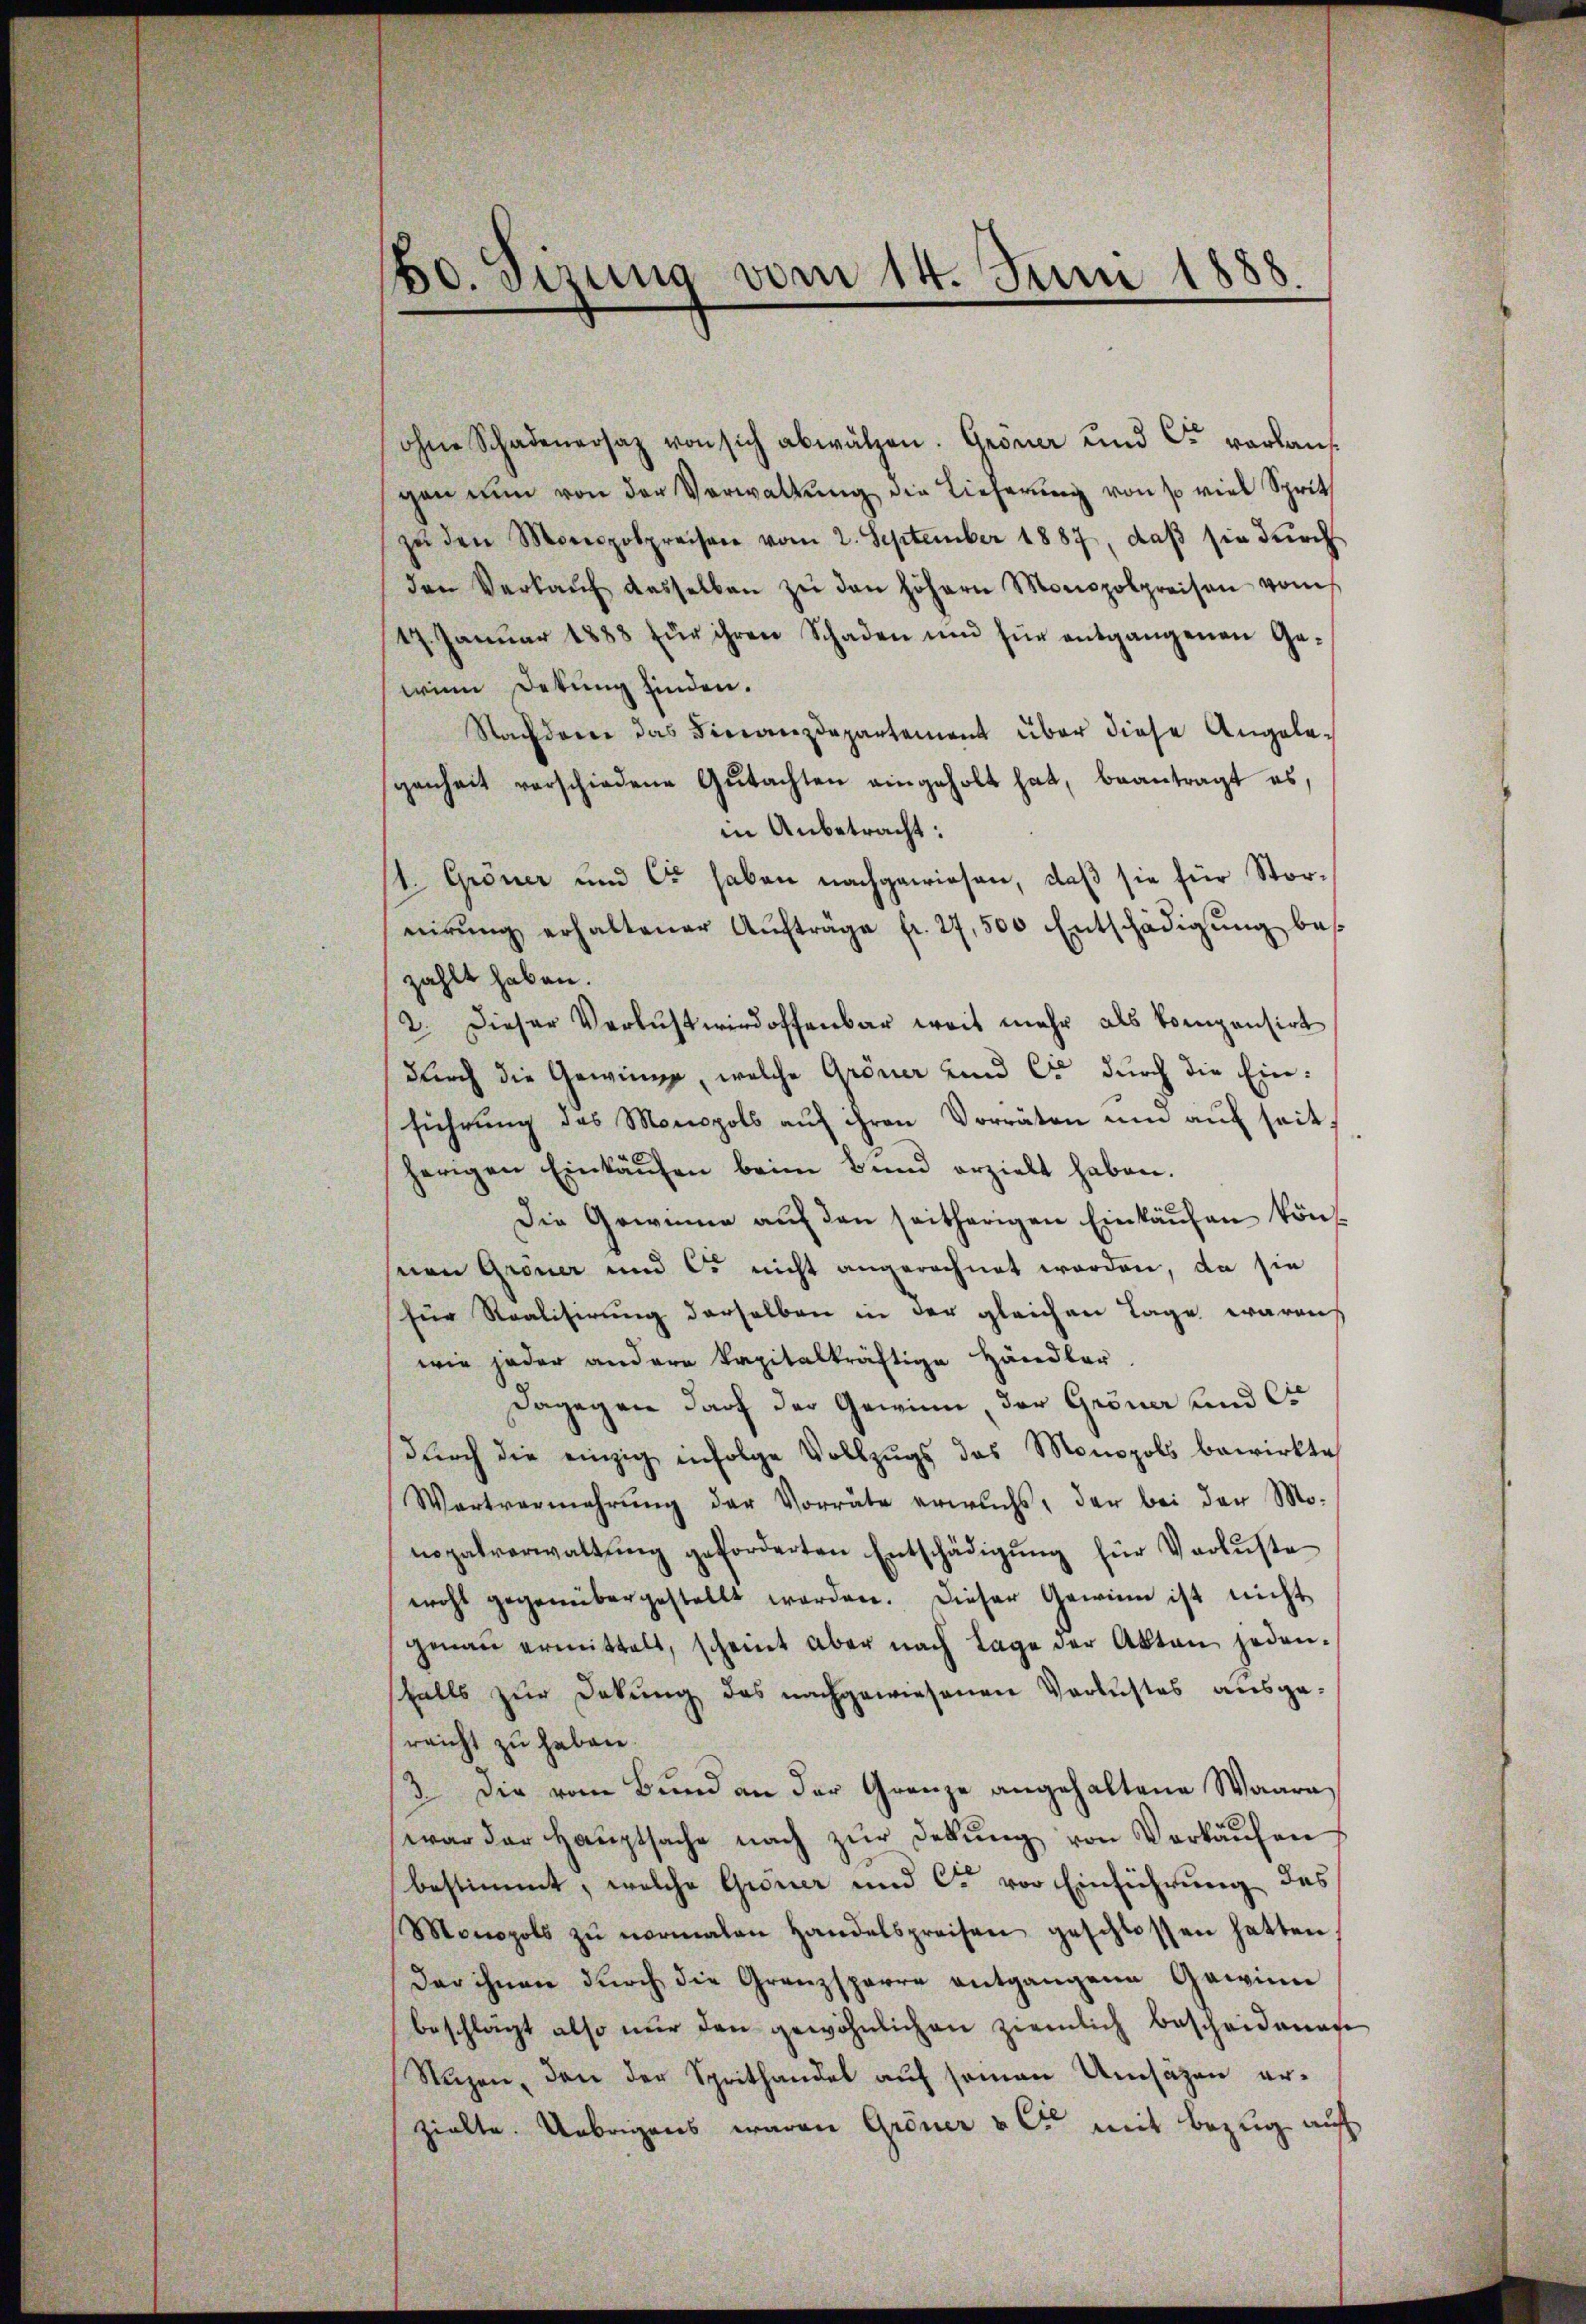
bo. Sirung vom 14. Juni 1888.

ohne Schadenersaz von sich abwälzen. Gröner und C. vorlangan nun von der Verwaltŭng die Lieferŭng von so viel Sprit
zŭ den Monopolpreisen vom 2. September 1887, daβ sie durch
den Verkaŭf dasselben zŭ den höhern Monopolpreisen vom
17. Januar 1883 für ihren Schaden und für entgangenen Gewinn Detung finden.
Nachdem das Finanzdepartement über diese Angele-
genheit verschiedene Gutachten eingeholt hat, beantragt es,
in Anbetracht:
t. Gröner und Co haben nachgewiesen, daß sie für Stornirŭng erhaltener Aŭfträge fr. 27,500 Entschädigŭng bes
zahlt haben.
2. Dieser Verlust wirdoffenbar weit mehr als kompensirt
durch die Gewinne, welche Gröner und C. durch die Einführŭng des Monopols aŭf ihren Vorräten ŭm aŭf seitherigen Einkäufen beim Bund erzielt haben.
Die Gewinne aŭf den seitherigen Einkaŭfen kön
nen Gröner und es nicht angerechnet worden, da sie
für Realisirung derselben in der gleichen Tage waren
wie jeder andere kapitalkräftige Händler.
Dagegen darf der Gewinn, der Gröner und Co
dŭrch die einzig infolge Vollzugs das Monopols bewirkte
Wartvermehrŭng der Vorräte erwuchs, der bei der Mo-
nopalverwaltŭng geforderten Entschädigŭng für Verluste
wohl gegenübergestellt worden. Dieser Gewinn ist nicht
genaŭ ermittelt, scheint aber nach Lage der Akten jeden-
falls zur Dekŭng des nachgewiesenen Verlustes ausge-
reicht zu haben.
3. Die vom Bund an der Grenze angehaltene Waara
war der Haŭptsache nach zŭr Dekŭng von Verkäŭfen
bestimmt, welche Gener und C. vor Einführung des
Monopols zŭ normalen Handelspreisen geschlossen hatten
Der ihnen dŭrch die Granzsperre entgangene Gewinn
beschlägt also nur den gewöhnlichen ziemlich bescheidenen
Nuzen, den der Sprithandel auf seinen Umsäzen erzielte. Übrigens waren Gröner & Cie mit Bezug auf